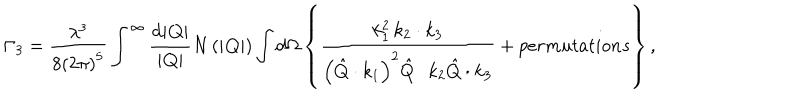
LaTeX: \Gamma _ { 3 } = \frac { \lambda ^ { 3 } } { 8 \left( 2 \pi \right) ^ { 5 } } \int ^ { \infty } \frac { \mathrm { d } | { \bf Q } | } { | { \bf Q } | } N \left( | { \bf Q } | \right) \int \mathrm { d } \Omega \left\{ \frac { k _ { 1 } ^ { 2 } \, k _ { 2 } \cdot k _ { 3 } } { \left( \hat { Q } \cdot k _ { 1 } \right) ^ { 2 } \hat { Q } \cdot k _ { 2 } \hat { Q } \cdot k _ { 3 } } + p e r m u t a t i o n s \right\} ,